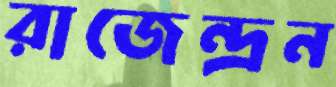
রাজেন্দ্রন